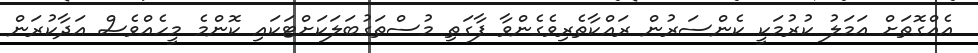
އެއްގޮތަށް އަމަލު ކުރުމަކީ ކެންސަރުން ރައްކާތެރިވެގެންވާ ފާގަތި މުސްތަގުބަލަކަށްޓަކައި ކޮންމެ މީހެއްވެސް އަދާކުރަން